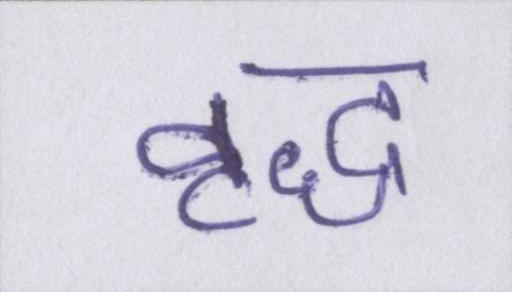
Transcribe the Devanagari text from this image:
वृद्ध